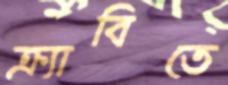
ক্র্যাবিতে